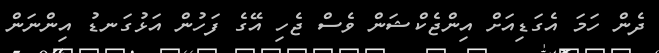
ދެން ހަމަ އެގަޑިއަށް އިންޖެކްޝަން ވެސް ޖެހި އޭގެ ފަހުން އަޅުގަނޑު އިންނަން